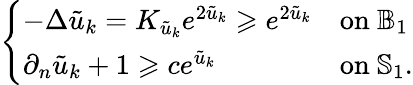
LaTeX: \left\{ \begin{array}{ll}{-\Delta\tilde{u}_{k}=K_{\tilde{u}_{k}}e^{2\tilde{u}_{k}}\geqslant e^{2\tilde{u}_{k}}}&{\mathrm{on~}\mathbb{B}_{1}}\\ {\partial_{n}\tilde{u}_{k}+1\geqslant ce^{\tilde{u}_{k}}}&{\mathrm{on~}\mathbb S_{1}.}\end{array}\right.